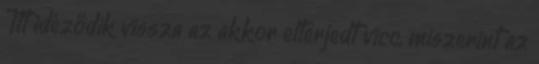
Itt idéződik vissza az akkor elterjedt vicc, miszerint az